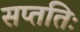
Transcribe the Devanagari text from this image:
सप्ततिः